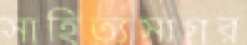
সাহিত্যসাগর